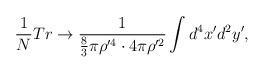
LaTeX: \begin{align*}\frac{1}{N}Tr \rightarrow \frac{1}{\frac{8}{3}\pi\rho^{\prime 4}\cdot 4\pi \rho^{\prime 2}}\int d^{4}x^{\prime}d^{2}y^{\prime},\end{align*}